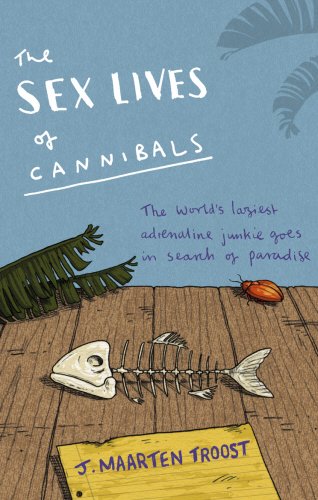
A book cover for Sex Lives of Cannibals; J Maarten Troost; Travel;